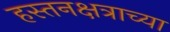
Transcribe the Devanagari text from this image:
हस्तनक्षत्राच्या